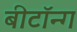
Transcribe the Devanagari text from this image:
बीटॉन्ग